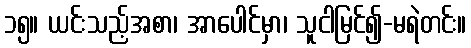
၁၅။ ယင်းသည့်အစာ၊ အာပေါင်မှာ၊ သူငါမြင်၍-မရဲတင်း။